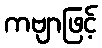
ကဗျာဖြင့်